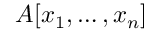
A [ x _ { 1 } , \ldots , x _ { n } ]